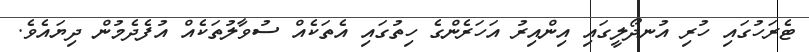
ޓެރަހުގައި ހުރި އުނދޯލީގައި އިންއިރު އަހަރެންގެ ހިތުގައި އެތަކެއް ސުވާލުތަކެއް އުފެދެމުން ދިޔައެވެ.